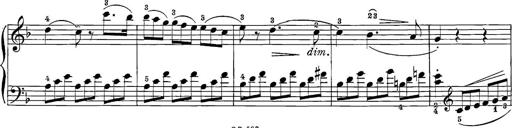
Title: 12 Sonatine per Pianoforte
Composer: Friedrich Kuhlau